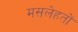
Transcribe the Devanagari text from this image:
मसलेहतों